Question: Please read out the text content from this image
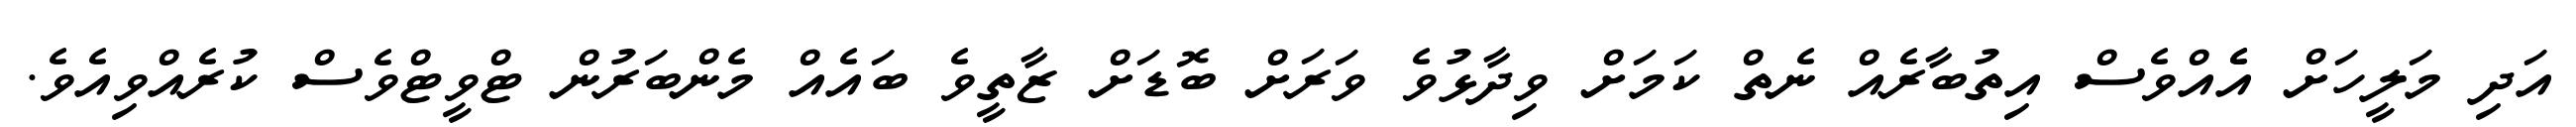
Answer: އަދި މަލީހަށް އެެއްވެސް އިތުބާރެއް ނެތް ކަމަށް ވިދާޅުވެ ވަރަށް ބޮޑަށް ޒާތީވެ ބައެއް މެންބަރުން ޓްވީޓްވެސް ކުރެއްވިއެވެ.